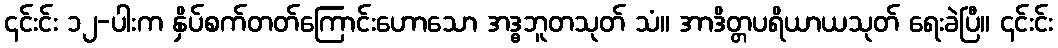
၎င်းင်း ၁၂-ပါးက နှိပ်စက်တတ်ကြောင်းဟောသော အဒ္ဓဘူတသုတ် သံ။ အာဒိတ္တပရိယာယသုတ် ရေးခဲပြီ။ ၎င်းင်း